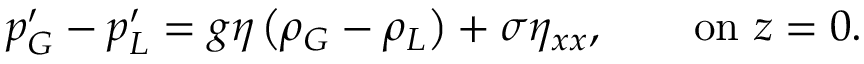
p _ { G } ^ { \prime } - p _ { L } ^ { \prime } = g \eta \left( \rho _ { G } - \rho _ { L } \right) + \sigma \eta _ { x x } , \qquad { \mathrm { o n ~ } } z = 0 .